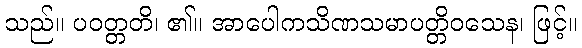
သည်။ ပဝတ္တတိ၊ ၏။ အာပေါကသိဏသမာပတ္တိဝသေန၊ ဖြင့်။